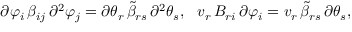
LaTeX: \partial \varphi _ { i } \, \beta _ { i j } \, \partial ^ { 2 } \varphi _ { j } = \partial \theta _ { r } \, { \tilde { \beta } } _ { r s } \, \partial ^ { 2 } \theta _ { s } , \ \ v _ { r } \, B _ { r i } \, \partial \varphi _ { i } = v _ { r } \, { \tilde { \beta } } _ { r s } \, \partial \theta _ { s } ,